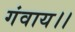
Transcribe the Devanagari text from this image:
गंवाय।।